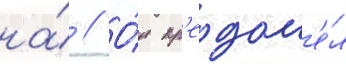
на́ // О́н пр'еодол'е́л